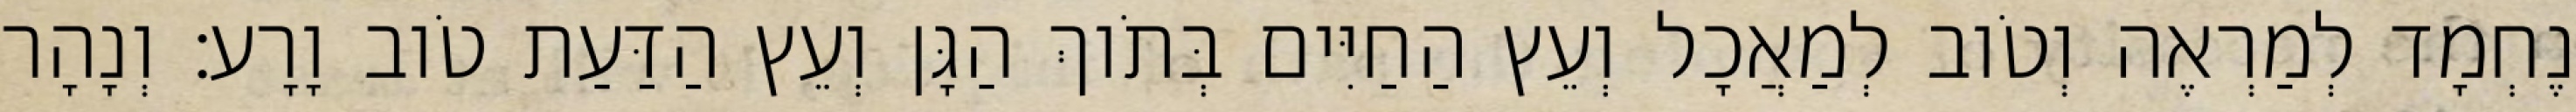
נֶחְמָד לְמַרְאֶה וְטֹוב לְמַאֲכָל וְעֵץ הַחַיִּים בְּתֹוךְ הַגָּן וְעֵץ הַדַּעַת טֹוב וָרָע׃ וְנָהָר